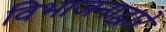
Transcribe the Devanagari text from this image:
विभाजनाद्वारे